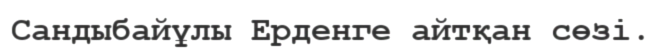
Сандыбайұлы Ерденге айтқан сөзі.